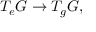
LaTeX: T _ { e } G \to T _ { g } G ,